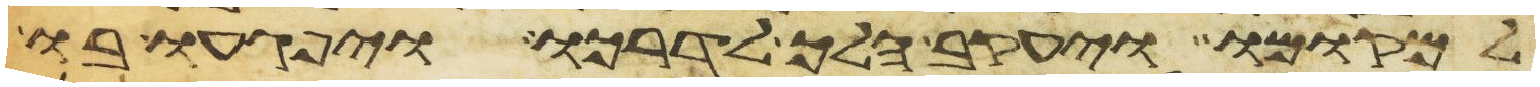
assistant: למקומו ויעקב הלך לדרכו ויפגעו בו